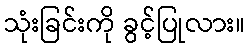
သုံးခြင်းကို ခွင့်ပြုလား။